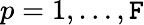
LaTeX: p=1,\ldots,\mathtt{F}